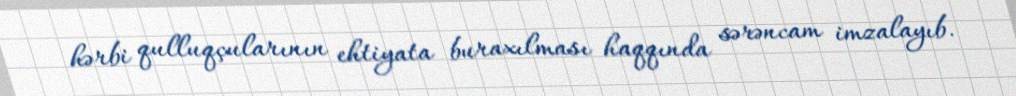
hərbi qulluqçularının ehtiyata buraxılması haqqında sərəncam imzalayıb.